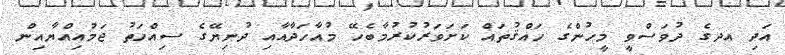
އަދި އދގެ ދުވަސްވީ މީހުންގެ ހައްޤުތައް ކަށަވަރުކުރުމާބެހޭ މުއާހަދާއާއި ދުނިޔޭގެ ސިއްހަތު ޖަމުއިއްޔާއިން